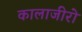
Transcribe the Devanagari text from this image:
कालाजीरो